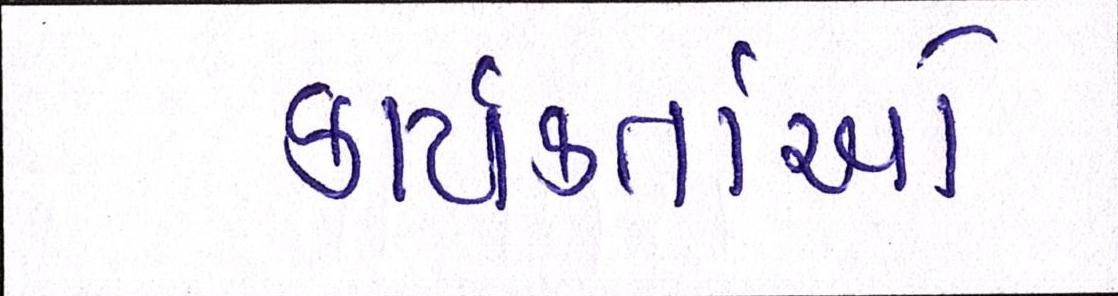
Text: કાર્યકર્તાઓ